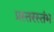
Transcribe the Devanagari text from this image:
प्रस्तरस्तंभ